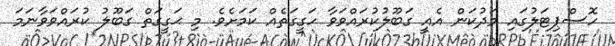
ހޮސްޕިޓަލުގައި މަދުކަން އެއީ ގަބޫލުކުރައްވަވާ ހަގީގަތެއް ކަމަށެވެ. މި ޙަގީގަތް ގަބޫލު ކުރައްވަވާނަމަ